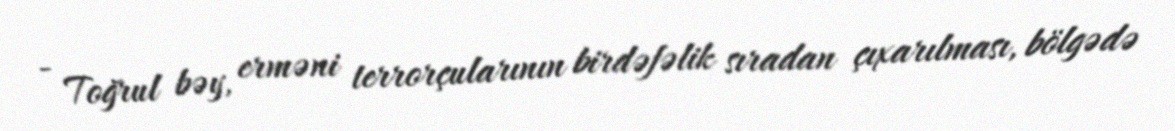
- Toğrul bəy, erməni terrorçularının birdəfəlik sıradan çıxarılması, bölgədə